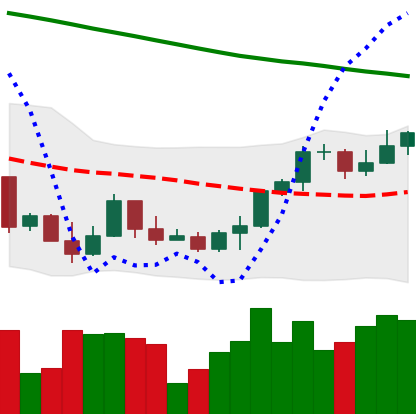
Ticker: ETH-USD
Chart end date: 2022-03-23
Forward return: 10.081%
Label: up_7plus